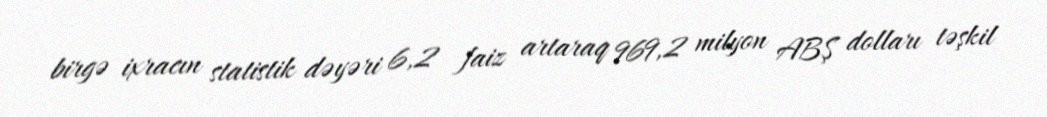
birgə ixracın statistik dəyəri 6,2 faiz artaraq 969,2 milyon ABŞ dolları təşkil